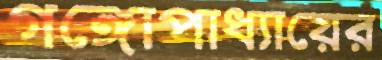
গঙ্গোপাধ্যায়ের